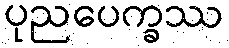
ပုညပေက္ခဿ